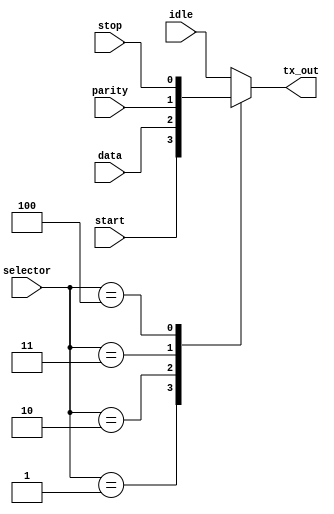
module MUX
(
 input  wire [2:0] selector,
 input  wire       start,
 input  wire       data,
 input  wire       parity,
 input  wire       stop,
 input  wire       idle,
 output reg        tx_out
 );
localparam IDLE   = 0,
           START  = 1,
           DATA   = 2,
           PARITY = 3,
           STOP   = 4;
           
always@(*)
begin
    case(selector)
    IDLE:
    tx_out=idle;
    START:
    tx_out=start;
    DATA:
    tx_out=data;
    PARITY:
    tx_out=parity;
    STOP:
    tx_out=stop;
    default:
    tx_out=idle;
    endcase
end

endmodule